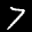
Label: 7